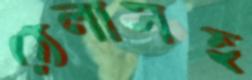
ঠেলাসহ